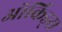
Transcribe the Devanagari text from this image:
ऑर्किड्‌स